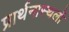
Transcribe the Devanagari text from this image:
प्रार्थनास्थलों